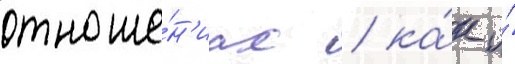
отноше́н'иах / ка́к и́